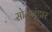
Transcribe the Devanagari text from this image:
सोनभंडार